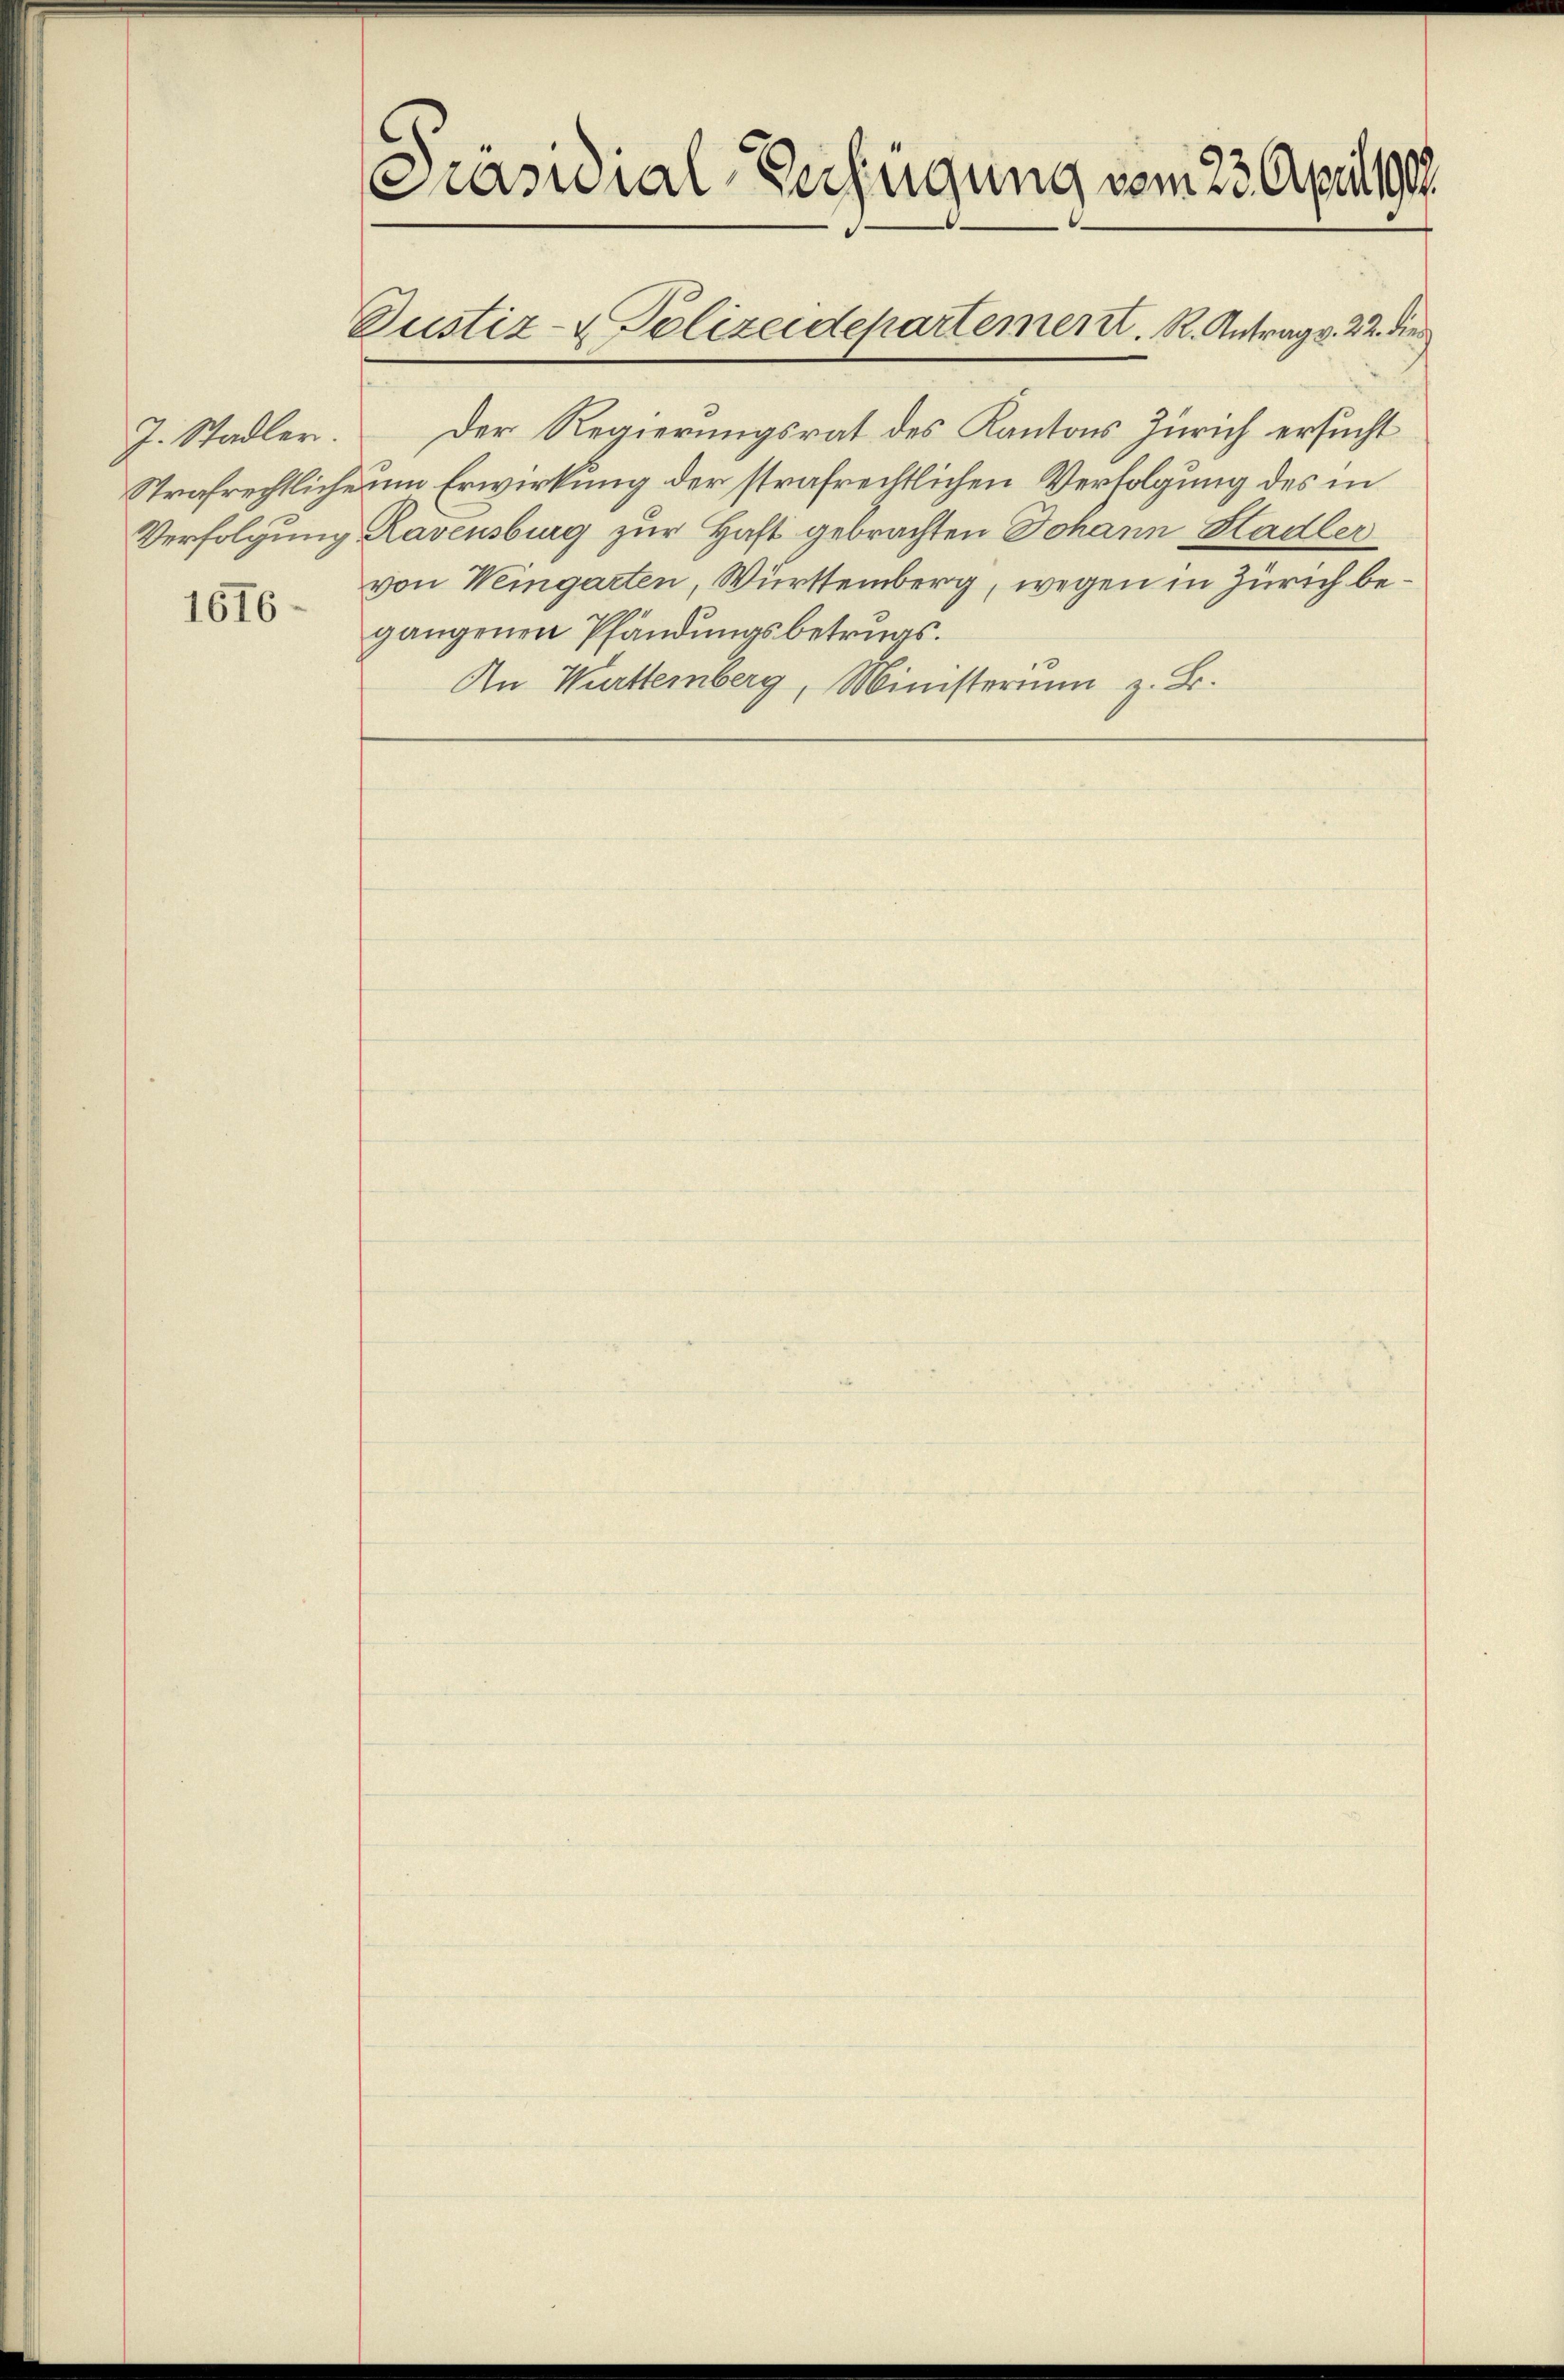
J. Stadler.
Strafrechtliche
Verfolgung

1616.

Prasuial-Verfügung vom 23. April 19

Justiz- & Polizeidepartement. K. Antrag v. 22. die

Der Regierungsrat des Kantons Zürich ersucht
um Erwirkung der strafrechtlichen Verfolgung des in
Ravensburg zur Haft gebrachten Johann Stadler
von Weingarten, Württemberg, wegen in Zürich begangenen Pfändungsbetrugs.
An Württemberg, Ministerium z. B.